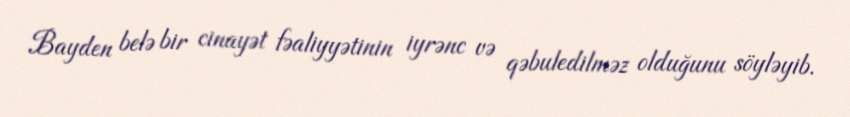
Bayden belə bir cinayət fəaliyyətinin iyrənc və qəbuledilməz olduğunu söyləyib.